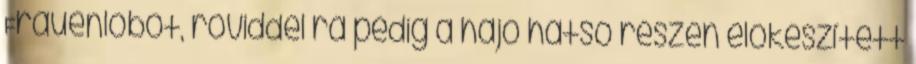
Frauenlobot, röviddel rá pedig a hajó hátsó részén előkészített